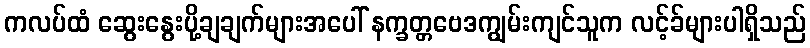
ကလပ်ထံ ဆွေးနွေးပို့ချချက်များအပေါ် နက္ခတ္တဗေဒကျွမ်းကျင်သူက လင့်ခ်များပါရှိသည်